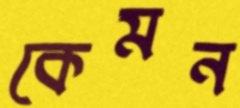
কেমন